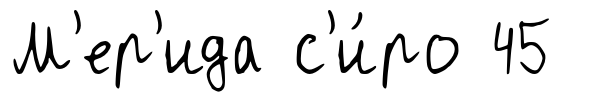
М'ер'ида с'и́ро 45